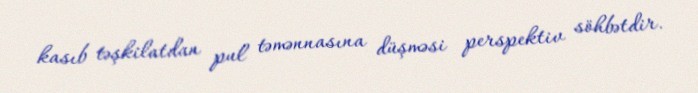
kasıb təşkilatdan pul təmənnasına düşməsi perspektiv söhbətdir.